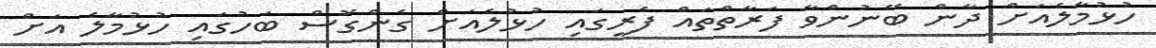
ހުޅުމާލެއަށް ދާން ބޭނުންވާ ފަރާތްތައް ފެރީގައި ހުޅުލެއަށް ގެންގޮސް ބަހުގައި ހުޅުމާލެ އަށް